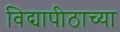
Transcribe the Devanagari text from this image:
विद्यापीठाच्‍या